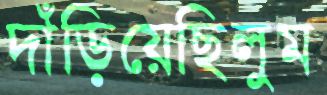
দাঁড়িয়েছিলুম